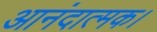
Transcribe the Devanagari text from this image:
आनंदात्मक।